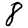
Digit: 8